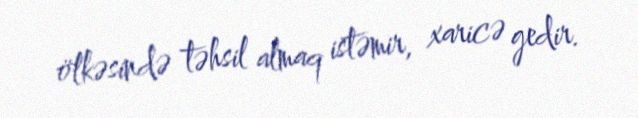
ölkəsində təhsil almaq istəmir, xaricə gedir.